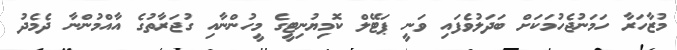
މުޒާހަރާ ހަމަނުޖެހުމަކަށް ބަދަލުވެފައި ވަނީ ޕަޓޭލް ކޮމިޔުނިޓީގެ މީހުންނާއި ގުޖަރާތުގެ އާއްމުންނާ ދެމެދު